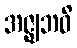
အဇ္ဈဘဝိ